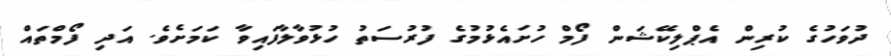
ދުވަހުގެ ކުރިން އެޕްލިކޭޝަން ފޯމް ހުށައެޅުމުގެ ފުރުސަތު ހުޅުވާލާފައިވާަ ކަމަށެވެ. އަދި ފޯމްތައް